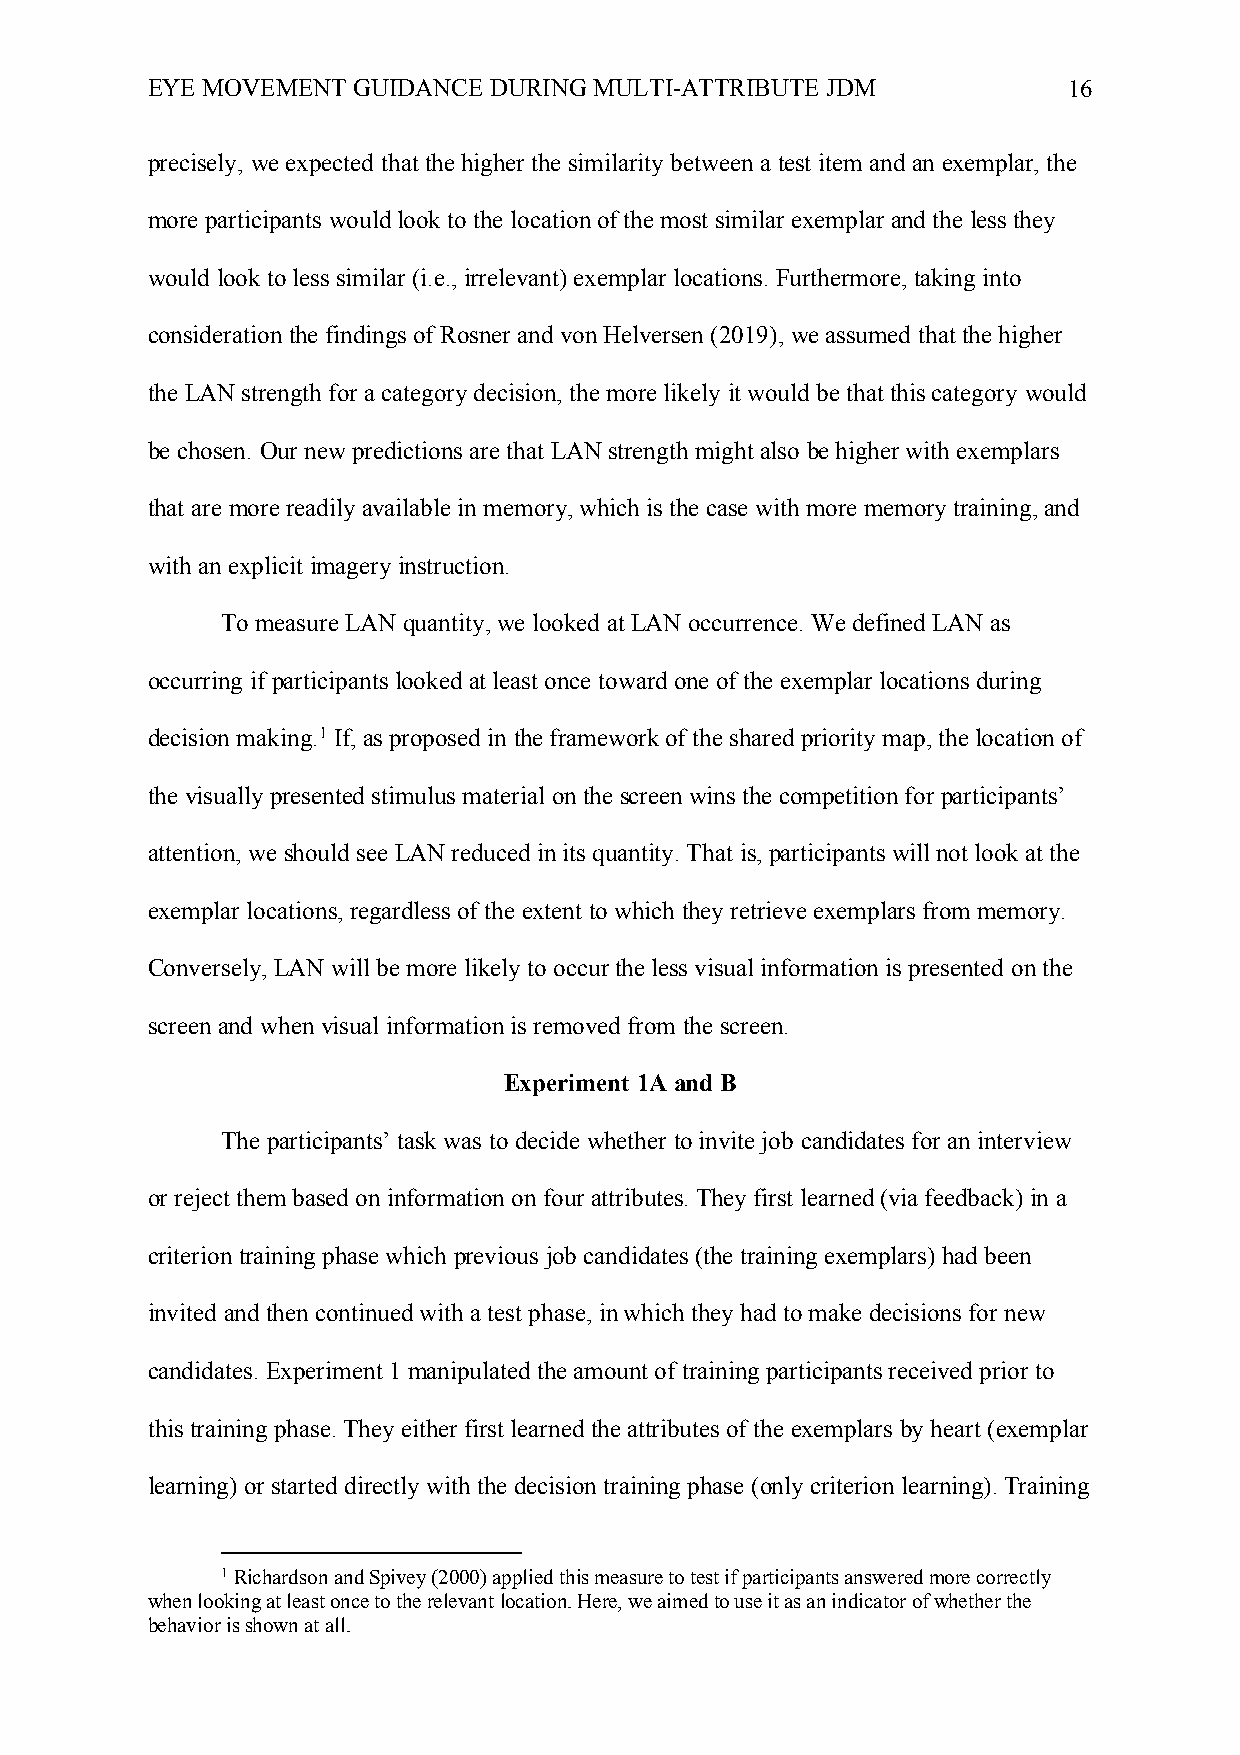
EYE MOVEMENT GUIDANCE DURING MULTI-ATTRIBUTE JDM             16
 precisely, we expected that the higher the similarity between a test item and an exemplar, the
 more participants would look to the location of the most similar exemplar and the less they
 would look to less similar (i.e., irrelevant) exemplar locations. Furthermore, taking into
 consideration the findings of Rosner and von Helversen (2019), we assumed that the higher
 the LAN strength for a category decision, the more likely it would be that this category would
 be chosen. Our new predictions are that LAN strength might also be higher with exemplars
 that are more readily available in memory, which is the case with more memory training, and
 with an explicit imagery instruction.
 To measure LAN quantity, we looked at LAN occurrence. We defined LAN as
 occurring if participants looked at least once toward one of the exemplar locations during
 decision making.1 If, as proposed in the framework of the shared priority map, the location of
 the visually presented stimulus material on the screen wins the competition for participants’
 attention, we should see LAN reduced in its quantity. That is, participants will not look at the
 exemplar locations, regardless of the extent to which they retrieve exemplars from memory.
 Conversely, LAN will be more likely to occur the less visual information is presented on the
 screen and when visual information is removed from the screen.
 Experiment 1A and B
 The participants’ task was to decide whether to invite job candidates for an interview
 or reject them based on information on four attributes. They first learned (via feedback) in a
 criterion training phase which previous job candidates (the training exemplars) had been
 invited and then continued with a test phase, in which they had to make decisions for new
 candidates. Experiment 1 manipulated the amount of training participants received prior to
 this training phase. They either first learned the attributes of the exemplars by heart (exemplar
 learning) or started directly with the decision training phase (only criterion learning). Training
 1 Richardson and Spivey (2000) applied this measure to test if participants answered more correctly
 when looking at least once to the relevant location. Here, we aimed to use it as an indicator of whether the
 behavior is shown at all.